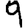
Digit: 9